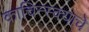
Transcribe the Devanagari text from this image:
काचिन्स्क्याचे